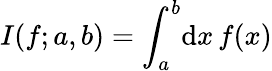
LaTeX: I(f;a,b)=\int_{a}^{b}\! \mathrm{d}x\, f(x)